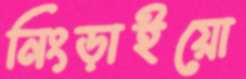
নিংড়াইয়ো